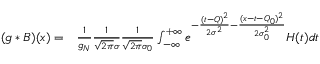
\begin{array} { r l } { ( g * B ) ( x ) = } & { { } \frac { 1 } { g _ { N } } \frac { 1 } { \sqrt { 2 \pi } \sigma } \frac { 1 } { \sqrt { 2 \pi } \sigma _ { 0 } } \int _ { - \infty } ^ { + \infty } e ^ { - \frac { ( t - Q ) ^ { 2 } } { 2 \sigma ^ { 2 } } - \frac { ( x - t - Q _ { 0 } ) ^ { 2 } } { 2 \sigma _ { 0 } ^ { 2 } } } H ( t ) d t } \end{array}